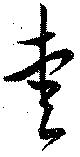
愛